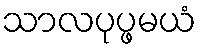
သာလပုပ္ဖမယံ